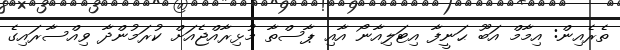
ތެރެއިން: އިމާމް އަބޫ ޙަނީފާ އިޓަލިއާނޯ އާއި ޕާސްތާ މުޅިރާއްޖެއަށް ކުރަމުންދާ ވިއްސާރައިގެ